Annual administration report of the Civil Veterinary Department of India - 1897-1898
Year: 1897
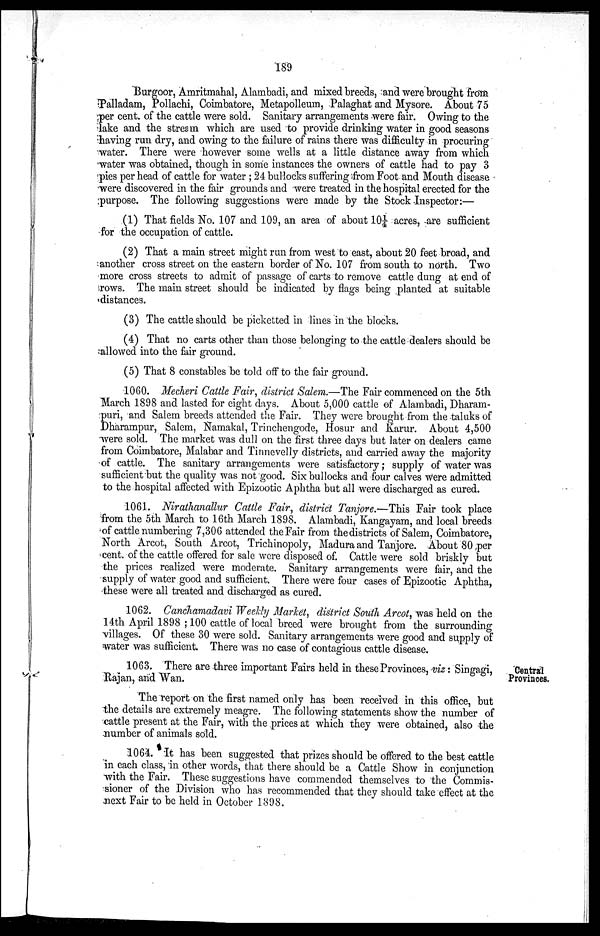
189
Burgoor, Amritmahal, Alambadi, and mixed breeds, and were brought from
Palladam, Pollachi, Coimbatore, Metapolleum, Palaghat and Mysore. About 75
per cent. of the cattle were sold. Sanitary arrangements were fair. Owing to the
lake and the stream which are used to provide drinking water in good seasons
having run dry, and owing to the failure of rains there was difficulty in procuring
water. There were however some wells at a little distance away from which
water was obtained, though in some instances the owners of cattle had to pay 3
pies per head of cattle for water; 24 bullocks suffering from Foot and Mouth disease
were discovered in the fair grounds and were treated in the hospital erected for the
purpose. The following suggestions were made by the Stock Inspector:—
(1) That fields No. 107 and 109, an area of about 10¼ acres, are sufficient
for the occupation of cattle.
(2) That a main street might run from west to east, about 20 feet broad, and
another cross street on the eastern border of No. 107 from south to north. Two
more cross streets to admit of passage of carts to remove cattle dung at end of
rows. The main street should be indicated by flags being planted at suitable
distances.
(3) The cattle should be picketted in lines in the blocks.
(4) That no carts other than those belonging to the cattle dealers should be
allowed into the fair ground.
(5) That 8 constables be told off to the fair ground.
1060. Mecheri Cattle Fair, district Salem.—The Fair commenced on the 5th
March 1898 and lasted for eight days. About 5,000 cattle of Alambadi, Dharam-
puri, and Salem breeds attended the Fair. They were brought from the taluks of
Dharampur, Salem, Namakal, Trinchengode, Hosur and Karur. About 4,500
were sold. The market was dull on the first three days but later on dealers came
from Coimbatore, Malabar and Tinnevelly districts, and carried away the majority
of cattle. The sanitary arrangements were satisfactory; supply of water was
sufficient but the quality was not good. Six bullocks and four calves were admitted
to the hospital affected with Epizootic Aphtha but all were discharged as cured.
1061. Nirathanallur Cattle Fair, district Tanjore.—This Fair took place
from the 5th March to 16th March 1898. Alambadi, Kangayam, and local breeds
of cattle numbering 7,306 attended the Fair from the districts of Salem, Coimbatore,
North Arcot, South Arcot, Trichinopoly, Madura and Tanjore. About 80 per
cent. of the cattle offered for sale were disposed of. Cattle were sold briskly but
the prices realized were moderate. Sanitary arrangements were fair, and the
supply of water good and sufficient. There were four cases of Epizootic Aphtha,
these were all treated and discharged as cured.
1062. Canchamadavi Weekly Market, district South Arcot, was held on the
14th April 1898; 100 cattle of local breed were brought from the surrounding
villages. Of these 30 were sold. Sanitary arrangements were good and supply of
water was sufficient. There was no case of contagious cattle disease.
Central
Provinces.
1063. There are three important Fairs held in these Provinces, viz: Singagi,
Rajan, and Wan.
The report on the first named only has been received in this office, but
the details are extremely meagre. The following statements show the number of
cattle present at the Fair, with the prices at which they were obtained, also the
number of animals sold.
1064. It has been suggested that prizes should be offered to the best cattle
in each class, in other words, that there should be a Cattle Show in conjunction
with the Fair. These suggestions have commended themselves to the Commis-
sioner of the Division who has recommended that they should take effect at the
next Fair to be held in October 1898.